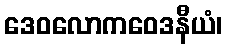
ဒေဝလောကဝေဒနီယံ၊